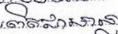
ពិតជាមាន